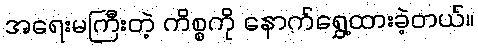
အရေးမကြီးတဲ့ ကိစ္စကို နောက်ရွှေ့ထားခဲ့တယ်။